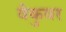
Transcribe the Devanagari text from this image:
वैकुवर